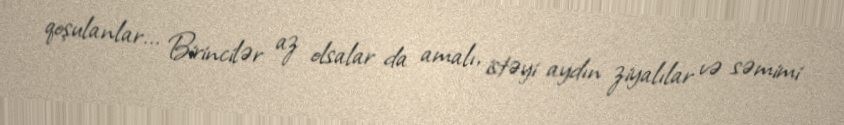
qoşulanlar... Birincilər az olsalar da amalı, istəyi aydın ziyalılar və səmimi